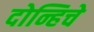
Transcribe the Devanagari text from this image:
दोन्हिचे